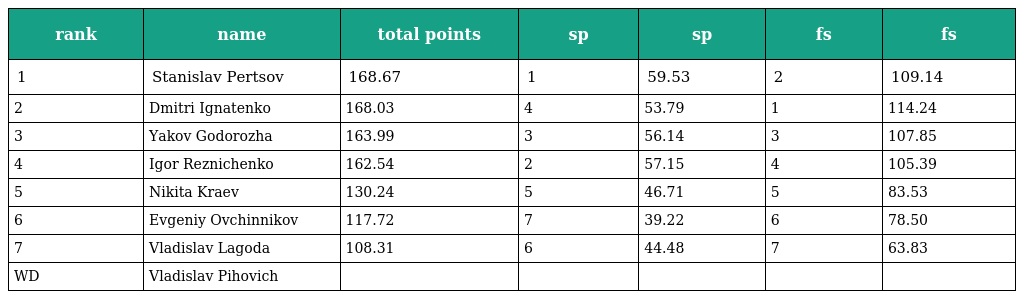
| rank | name | total points | sp | sp | fs | fs |
 | --- | --- | --- | --- | --- | --- | --- |
 | 1 | Stanislav Pertsov | 168.67 | 1 | 59.53 | 2 | 109.14 |
 | 2 | Dmitri Ignatenko | 168.03 | 4 | 53.79 | 1 | 114.24 |
 | 3 | Yakov Godorozha | 163.99 | 3 | 56.14 | 3 | 107.85 |
 | 4 | Igor Reznichenko | 162.54 | 2 | 57.15 | 4 | 105.39 |
 | 5 | Nikita Kraev | 130.24 | 5 | 46.71 | 5 | 83.53 |
 | 6 | Evgeniy Ovchinnikov | 117.72 | 7 | 39.22 | 6 | 78.50 |
 | 7 | Vladislav Lagoda | 108.31 | 6 | 44.48 | 7 | 63.83 |
 | WD | Vladislav Pihovich |  |  |  |  |  |